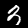
Digit: 3